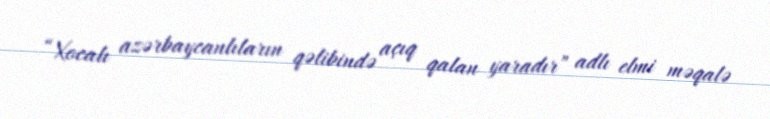
“Xocalı azərbaycanlıların qəlibində açıq qalan yaradır” adlı elmi məqalə